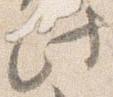
此